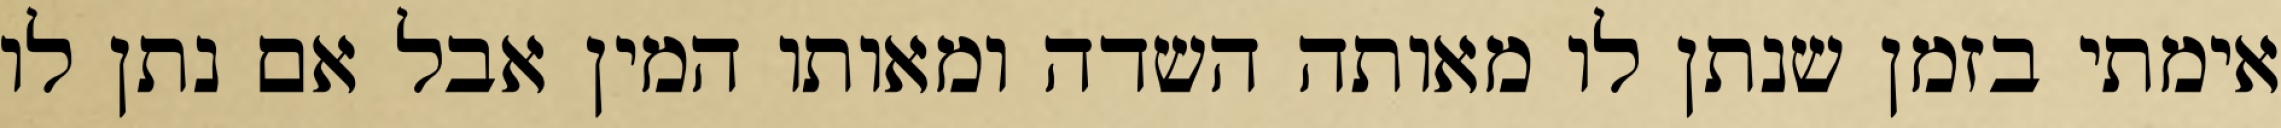
אימתי בזמן שנתן לו מאותה השדה ומאותו המין אבל אם נתן לו